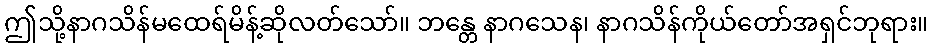
ဤသို့နာဂသိန်မထေရ်မိန့်ဆိုလတ်သော်။ ဘန္တေ နာဂသေန၊ နာဂသိန်ကိုယ်တော်အရှင်ဘုရား။